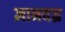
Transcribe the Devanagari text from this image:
ज्ञानवज्र